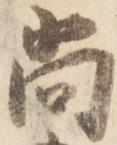
尚